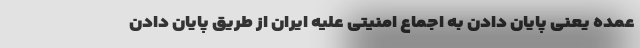
عمده یعنی پایان دادن به اجماع امنیتی علیه ایران از طریق پایان دادن